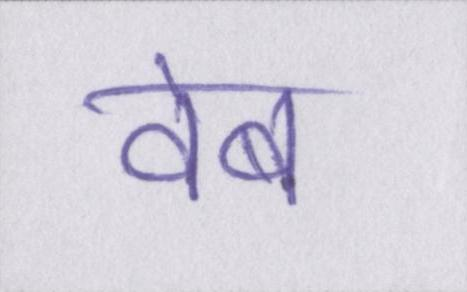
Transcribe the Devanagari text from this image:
वेब